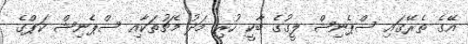
އޭގެ ތެރޭގައި ސްޕެނިޝް ލީގުގެ ބާކީ ހުރި މަދު މެޗުތަކާއި ސްޕެނިޝް ކަޕްގެ